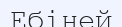
Ебіней